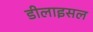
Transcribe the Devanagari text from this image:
डीलाइसल